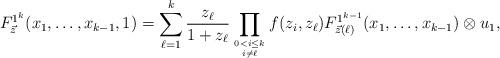
LaTeX: \begin{align*}F^{1^{k}}_{\vec{z}}(x_{1}, \ldots , x_{k-1}, 1)=\sum_{\ell=1}^{k}\frac{z_{\ell}}{1+z_{\ell}}\prod_{0<i\le k \atop i\not=\ell}f(z_{i}, z_{\ell}) F^{1^{k-1}}_{\vec{z}(\ell)}(x_{1}, \ldots , x_{k-1}) \otimes u_{1}, \end{align*}